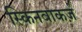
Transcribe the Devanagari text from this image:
स्किनवाकर्ज़